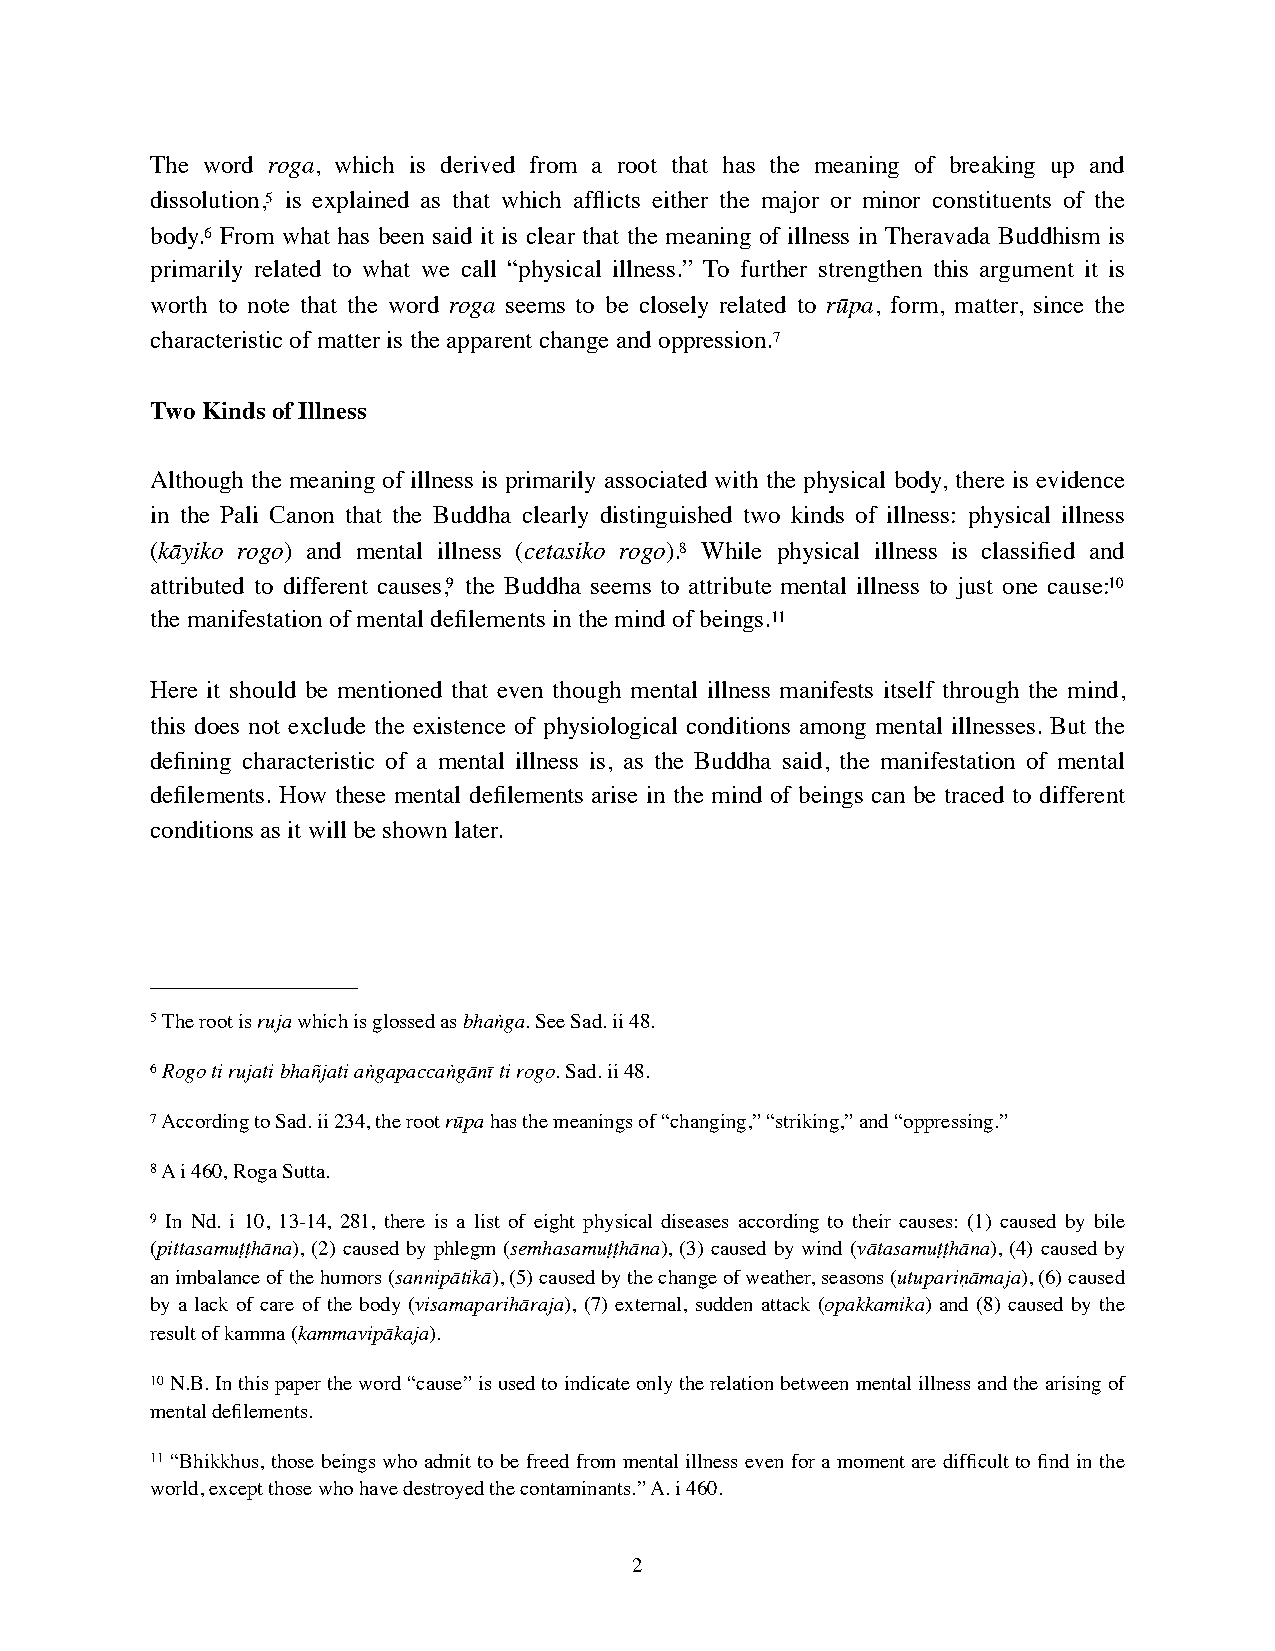
The word roga, which is derived from a root that has the meaning of breaking up and
 dissolution,5 is explained as that which afflicts either the major or minor constituents of the
 body.6 From what has been said it is clear that the meaning of illness in Theravada Buddhism is
 primarily related to what we call “physical illness.” To further strengthen this argument it is
 worth to note that the word roga seems to be closely related to rūpa, form, matter, since the
 characteristic of matter is the apparent change and oppression.7
 Two Kinds of Illness
 Although the meaning of illness is primarily associated with the physical body, there is evidence
 in the Pali Canon that the Buddha clearly distinguished two kinds of illness: physical illness
 (kāyiko rogo) and mental illness (cetasiko rogo).8 While physical illness is classified and
 attributed to different causes,9 the Buddha seems to attribute mental illness to just one cause:10
 the manifestation of mental defilements in the mind of beings.11
 Here it should be mentioned that even though mental illness manifests itself through the mind,
 this does not exclude the existence of physiological conditions among mental illnesses. But the
 defining characteristic of a mental illness is, as the Buddha said, the manifestation of mental
 defilements. How these mental defilements arise in the mind of beings can be traced to different
 conditions as it will be shown later.
 5 The root is ruja which is glossed as bhaṅga. See Sad. ii 48.
 6 Rogo ti rujati bhañjati aṅgapaccaṅgānī ti rogo. Sad. ii 48.
 7 According to Sad. ii 234, the root rūpa has the meanings of “changing,” “striking,” and “oppressing.”
 8 A i 460, Roga Sutta.
 9 In Nd. i 10, 13-14, 281, there is a list of eight physical diseases according to their causes: (1) caused by bile
 (pittasamuṭṭhāna), (2) caused by phlegm (semhasamuṭṭhāna), (3) caused by wind (vātasamuṭṭhāna), (4) caused by
 an imbalance of the humors (sannipātikā), (5) caused by the change of weather, seasons (utupariṇāmaja), (6) caused
 by a lack of care of the body (visamaparihāraja), (7) external, sudden attack (opakkamika) and (8) caused by the
 result of kamma (kammavipākaja).
 10 N.B. In this paper the word “cause” is used to indicate only the relation between mental illness and the arising of
 mental defilements.
 11 “Bhikkhus, those beings who admit to be freed from mental illness even for a moment are difficult to find in the
 world, except those who have destroyed the contaminants.” A. i 460.
 2